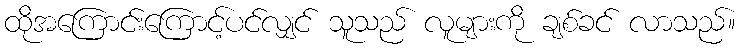
ထိုအကြောင်းကြောင့်ပင်လျှင် သူသည် လူများကို ချစ်ခင် လာသည်။